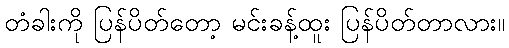
တံခါးကို ပြန်ပိတ်တော့ မင်းခန့်ထူး ပြန်ပိတ်တာလား။